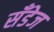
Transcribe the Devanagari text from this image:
सँडेज